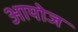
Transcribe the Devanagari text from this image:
आयोज